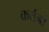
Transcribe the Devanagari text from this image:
कर्तनों